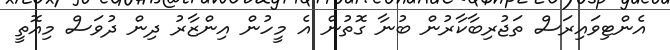
އެންޓިވައިރަސް ތަޖުރިބާކާރުން ބުނާ ގޮތުން އެ މީހުން އިންޒާރު ދިން ދުވަސް މިއޮތީ